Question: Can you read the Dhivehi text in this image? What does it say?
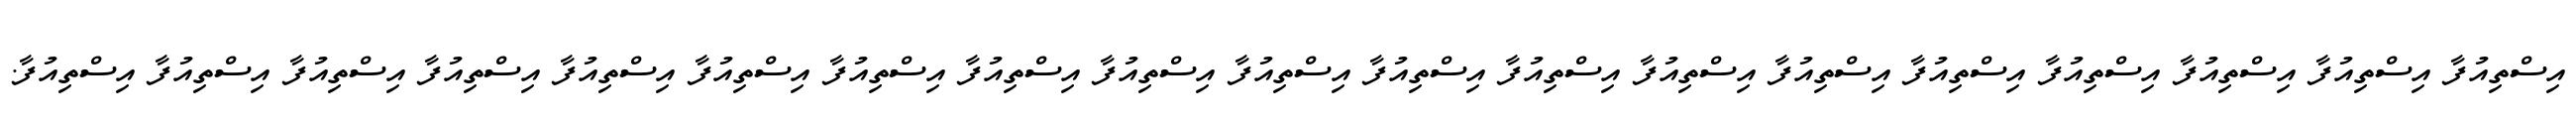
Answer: އިސްތިއުފާ އިސްތިއުފާ އިސްތިއުފާ އިސްތިއުފާ އިސްތިއުފާ އިސްތިއުފާ އިސްތިއުފާ އިސްތިއުފާ އިސްތިއުފާ އިސްތިއުފާ އިސްތިއުފާ އިސްތިއުފާ އިސްތިއުފާ އިސްތިއުފާ އިސްތިއުފާ އިސްތިއުފާ އިސްތިއުފާ އިސްތިއުފާ އިސްތިއުފާ.